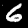
Digit: 6